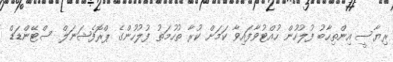
ރިޔާސީ އިންތިހާބު ފުލުހުން ހުއްޓުވާފައިވާ ކަމަށް ކުރާ ތުހުމަތު ފުލުހުންގެ ޕްރޮފެޝަނަލް ސްޓޭންޑަޑް